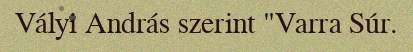
Vályi András szerint "Varra Súr.